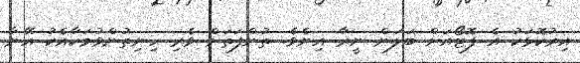
އިރުކޮޅަކު އެ ފޮޓޯއަށް ބަލަން ނީރާ އިނެވެ. ތުންފަތަށް ވެރި ހިނިތުންވުމަކާއެކު އޭނާ